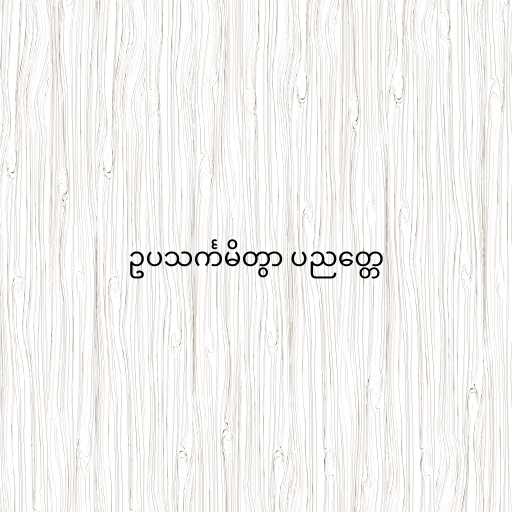
ဥပသင်္ကမိတွာ ပညတ္တေ